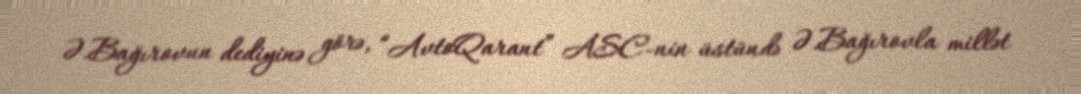
Ə.Bağırovun dediyinə görə, “AvtoQarant” ASC-nin üstündə Ə.Bağırovla millət